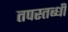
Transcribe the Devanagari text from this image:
तपस्तब्धी